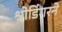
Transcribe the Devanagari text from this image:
श्रोडिंगरने